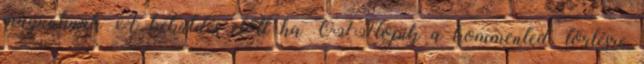
magunknak A beküldés előtt ha OFFtopik a kommented, törlésre